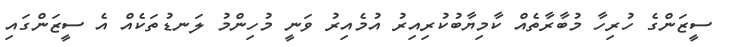
ސީޒަންގެ ހުރިހާ މުބާރާތެއް ކާމިޔާބުކުރިއިރު އުމެއިރު ވަނީ މުހިންމު ލަނޑުތަކެއް އެ ސީޒަންގައި